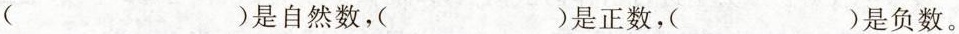
()是自然数，()是正数，()是负数。